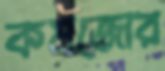
কমজোর